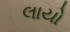
લાયો